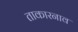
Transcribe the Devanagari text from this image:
ताकारनाव